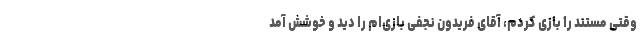
وقتی مستند را بازی کردم، آقای فریدون نجفی بازی‌ام را دید و خوشش آمد